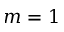
m = 1